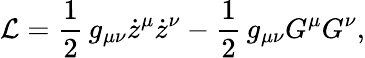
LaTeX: {\cal L}=\frac{1}{2}\, g_{\mu\nu}\dot{z}^{\mu}\dot{z}^{\nu}-\frac{1}{2}\, g_{\mu\nu}G^{\mu}G^{\nu},